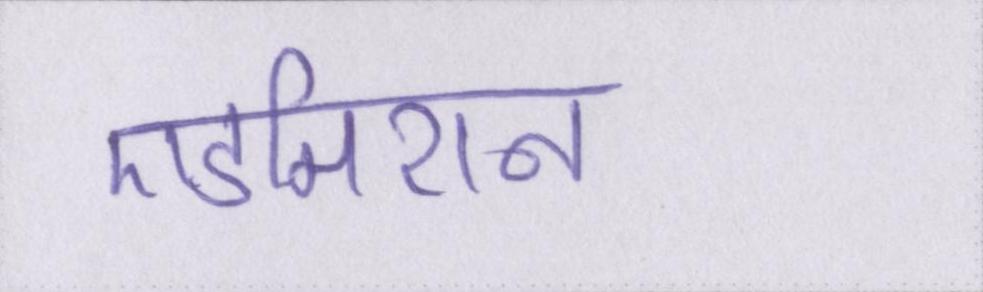
एडमिशन